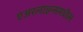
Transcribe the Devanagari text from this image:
एअरलाइन्समधील